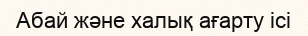
Абай және халық ағарту ісі